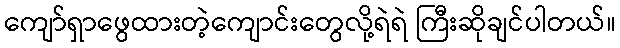
ကျော်ရှာဖွေထားတဲ့ကျောင်းတွေလို့ရဲရဲ ကြီးဆိုချင်ပါတယ်။